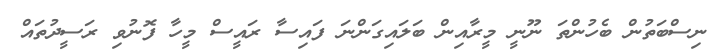
ނިސްބަތުން ބެހުންތަ ނޫނީ މީރާއިން ބަލައިގަންނަ ފައިސާ ރައީސް މީހާ ފޮނުވި ރަސީދުތައް